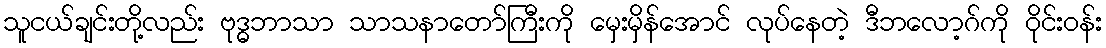
သူငယ်ချင်းတို့လည်း ဗုဒ္ဓဘာသာ သာသနာတော်ကြီးကို မှေးမှိန်အောင် လုပ်နေတဲ့ ဒီဘလော့ဂ်ကို ဝိုင်းဝန်း